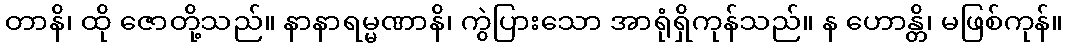
တာနိ၊ ထို ဇောတို့သည်။ နာနာရမ္မဏာနိ၊ ကွဲပြားသော အာရုံရှိကုန်သည်။ န ဟောန္တိ၊ မဖြစ်ကုန်။